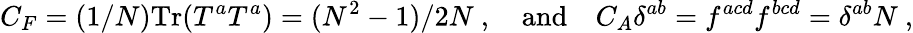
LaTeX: C_{F}=(1/N)\mathrm{Tr}(T^{a}T^{a})=(N^{2}-1)/2N\ ,\quad\mathrm{and}\quad C_{A}\delta^{ab}=f^{acd}f^{bcd}=\delta^{ab}N\ ,